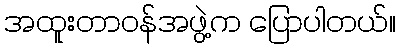
အထူးတာဝန်အဖွဲ့က ပြောပါတယ်။